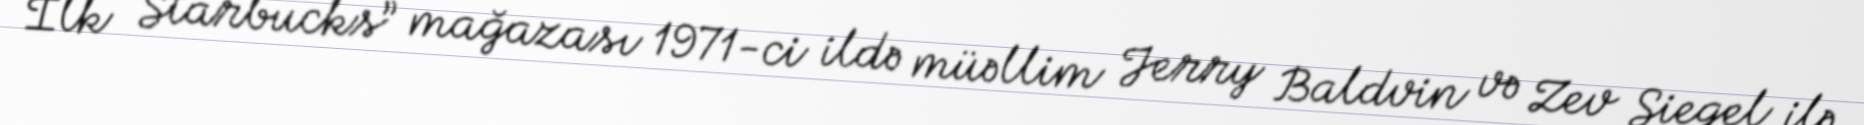
İlk “Starbucks” mağazası 1971-ci ildə müəllim Jerry Baldvin və Zev Siegel ilə